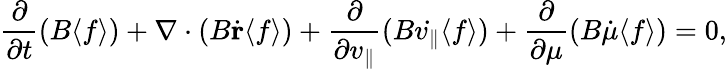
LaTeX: \frac{\partial}{\partial t}(B\langle f\rangle)+\nabla\cdot(B\dot{\mathbf{r}}\langle f\rangle)+\frac{\partial}{\partial v_{\parallel}}(B\dot{v_{\parallel}}\langle f\rangle)+\frac{\partial}{\partial\mu}(B\dot{\mu}\langle f\rangle)=0,